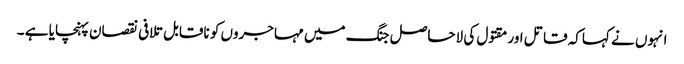
انہوں نے کہاکہ قاتل اور مقتول کی لاحاصل جنگ میں مہاجروں کو ناقابل تلافی نقصان پہنچایا ہے ۔